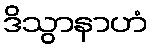
ဒိသွာနာဟံ